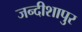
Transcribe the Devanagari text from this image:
जन्दीशापुर